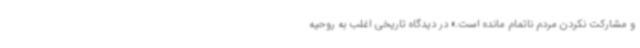
و مشارکت نکردن مردم ناتمام مانده است.» در دیدگاه تاریخی اغلب به روحیه